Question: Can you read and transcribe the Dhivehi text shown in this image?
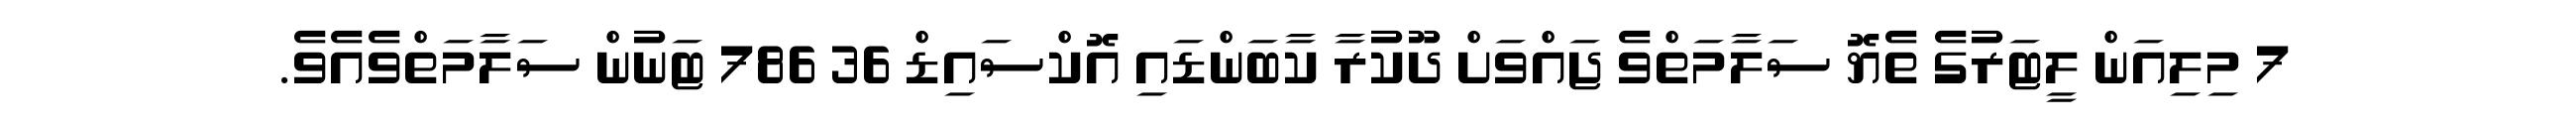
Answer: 7 މިލިއަން ލީޓަރުގެ ތެޔޮ ސަލާމަތްވެ ޖައްވަށް ދޫކުރާ ކާބަންޑައި އޮކްސައިޑް 36 786 ޓަނުން ސަލާމަތްވެއެވެ.